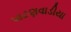
પાટણવાડીયા